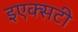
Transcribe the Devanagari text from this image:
इएक्सटी